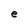
Character: e